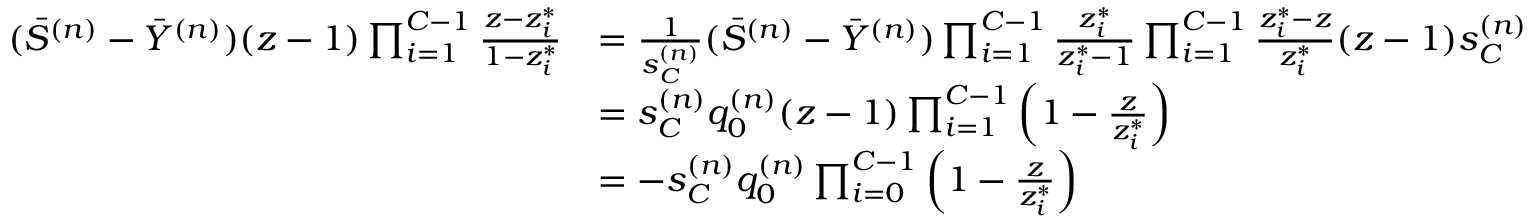
\begin{array} { r l } { ( \Bar { S } ^ { ( n ) } - \Bar { Y } ^ { ( n ) } ) ( z - 1 ) \prod _ { i = 1 } ^ { C - 1 } \frac { z - z _ { i } ^ { * } } { 1 - z _ { i } ^ { * } } } & { = \frac { 1 } { s _ { C } ^ { ( n ) } } ( \Bar { S } ^ { ( n ) } - \Bar { Y } ^ { ( n ) } ) \prod _ { i = 1 } ^ { C - 1 } \frac { z _ { i } ^ { * } } { z _ { i } ^ { * } - 1 } \prod _ { i = 1 } ^ { C - 1 } \frac { z _ { i } ^ { * } - z } { z _ { i } ^ { * } } ( z - 1 ) s _ { C } ^ { ( n ) } } \\ & { = s _ { C } ^ { ( n ) } q _ { 0 } ^ { ( n ) } ( z - 1 ) \prod _ { i = 1 } ^ { C - 1 } \left( 1 - \frac { z } { z _ { i } ^ { * } } \right) } \\ & { = - s _ { C } ^ { ( n ) } q _ { 0 } ^ { ( n ) } \prod _ { i = 0 } ^ { C - 1 } \left( 1 - \frac { z } { z _ { i } ^ { * } } \right) } \end{array}